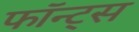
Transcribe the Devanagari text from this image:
फॉन्ट्‌स